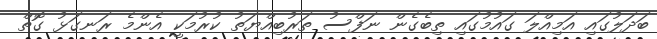
ބަދަލުގައި އަމިއްލަ ގައުމުގައި ތިބެގެން ނަފްސު ތަރުބިއްޔަތު ކުރުމަކީ އެންމެ ރަނގަޅު ގޮތް